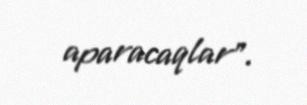
aparacaqlar”.